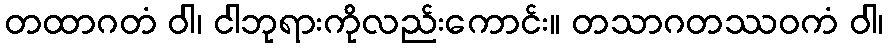
တထာဂတံ ဝါ၊ ငါဘုရားကိုလည်းကောင်း။ တသာဂတဿဝကံ ဝါ၊